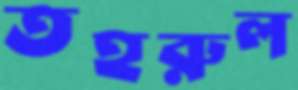
তহরুল